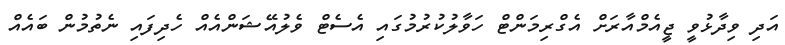
އަދި ވިދާޅުވީ ޖީއެމްއާރަށް އެގްރިމަންޓް ހަވާލުކުރުމުގައި އެސެޓް ވެލުއޭޝަންއެއް ހެދިފައި ނެތުމުން ބައެއް